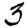
Digit: 3